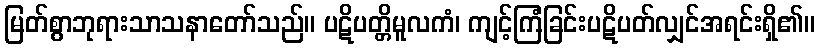
မြတ်စွာဘုရားသာသနာတော်သည်။ ပဋိပတ္တိမူလကံ၊ ကျင့်ကြံခြင်းပဋိပတ်လျှင်အရင်းရှိ၏။